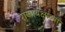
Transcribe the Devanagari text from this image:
राजाबक्षाच्या